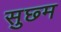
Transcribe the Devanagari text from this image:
सुछ्म